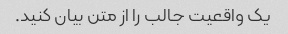
یک واقعیت جالب را از متن بیان کنید.